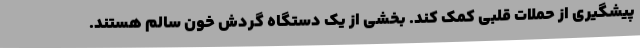
پیشگیری از حملات قلبی کمک کند. بخشی از یک دستگاه گردش خون سالم هستند.